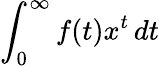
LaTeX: \int_{0}^{\infty}f(t)x^{t}\, dt